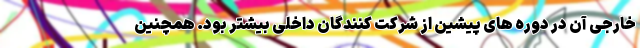
خارجی آن در دوره های پیشین از شرکت کنندگان داخلی بیشتر بود. همچنین